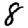
Digit: 8